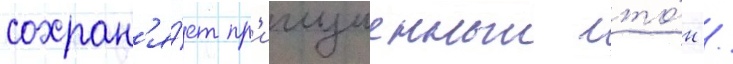
сохран'я́ет пр'иглушенныи то́н /